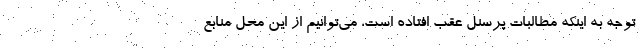
توجه به اینکه مطالبات پرسنل عقب افتاده است، می‌توانیم از این محل منابع